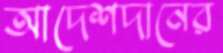
আদেশদানের